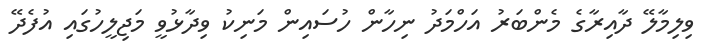
ވިލިމާލޭ ދާއިރާގެ މެންބަރު އަހްމަދު ނިހާން ހުސައިން މަނިކު ވިދާޅުވީ މަޖިލީހުގައި އުފެދޭ